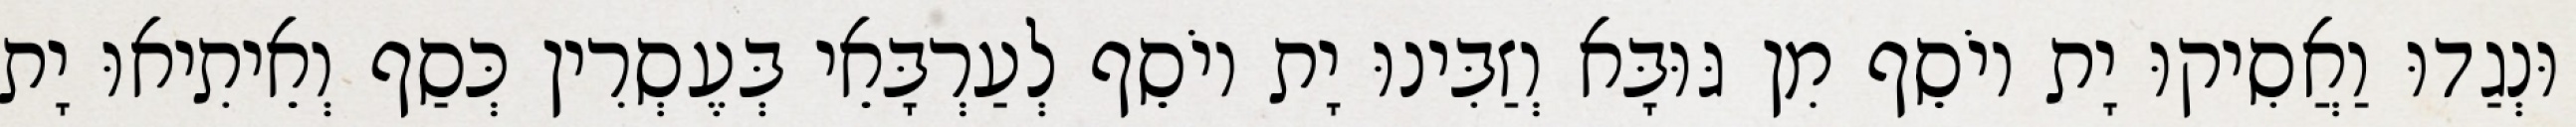
וּנְגַדוּ וַאֲסִיקוּ יָת יוֹסֵף מִן גּוּבָּא וְזַבִּינוּ יָת יוֹסֵף לְעַרְבָּאֵי בְּעֶסְרִין כְּסַף וְאֵיתִיאוּ יָת